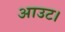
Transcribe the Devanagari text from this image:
आउट।